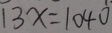
1 3 x = 1 0 4 0